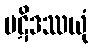
ပဋိဒဿယုံ